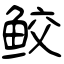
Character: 鲛